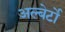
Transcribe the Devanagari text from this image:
अल्बेर्टो